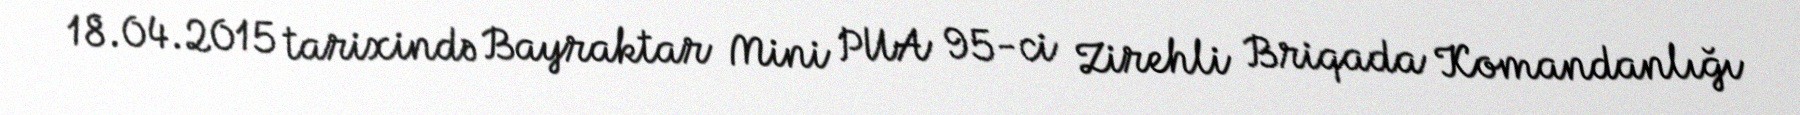
18.04.2015 tarixində Bayraktar Mini PUA 95-ci Zirehli Briqada Komandanlığı